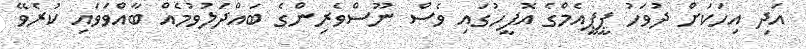
އަދި އިހަކަށް ދުވަހު ޕީޕީއެމްގެ އޮފީހުގައި ވެސް ނޫސްވެރިންގެ ބައްދަލުވުމެއް ބާއްވަވައި ކުރެވޭ